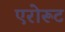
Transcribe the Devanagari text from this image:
एरोरूट